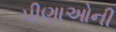
પીણાઓની